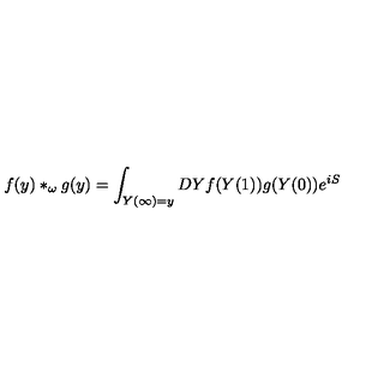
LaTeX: f ( y ) \ast _ { \omega } g ( y ) = \int _ { Y ( \infty ) = y } D Y f ( Y ( 1 ) ) g ( Y ( 0 ) ) e ^ { i S }